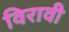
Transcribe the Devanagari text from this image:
विरावी